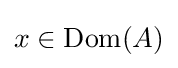
x\in \operatorname {Dom} (A)